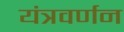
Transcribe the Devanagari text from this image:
यंत्रवर्णन